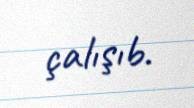
çalışıb.